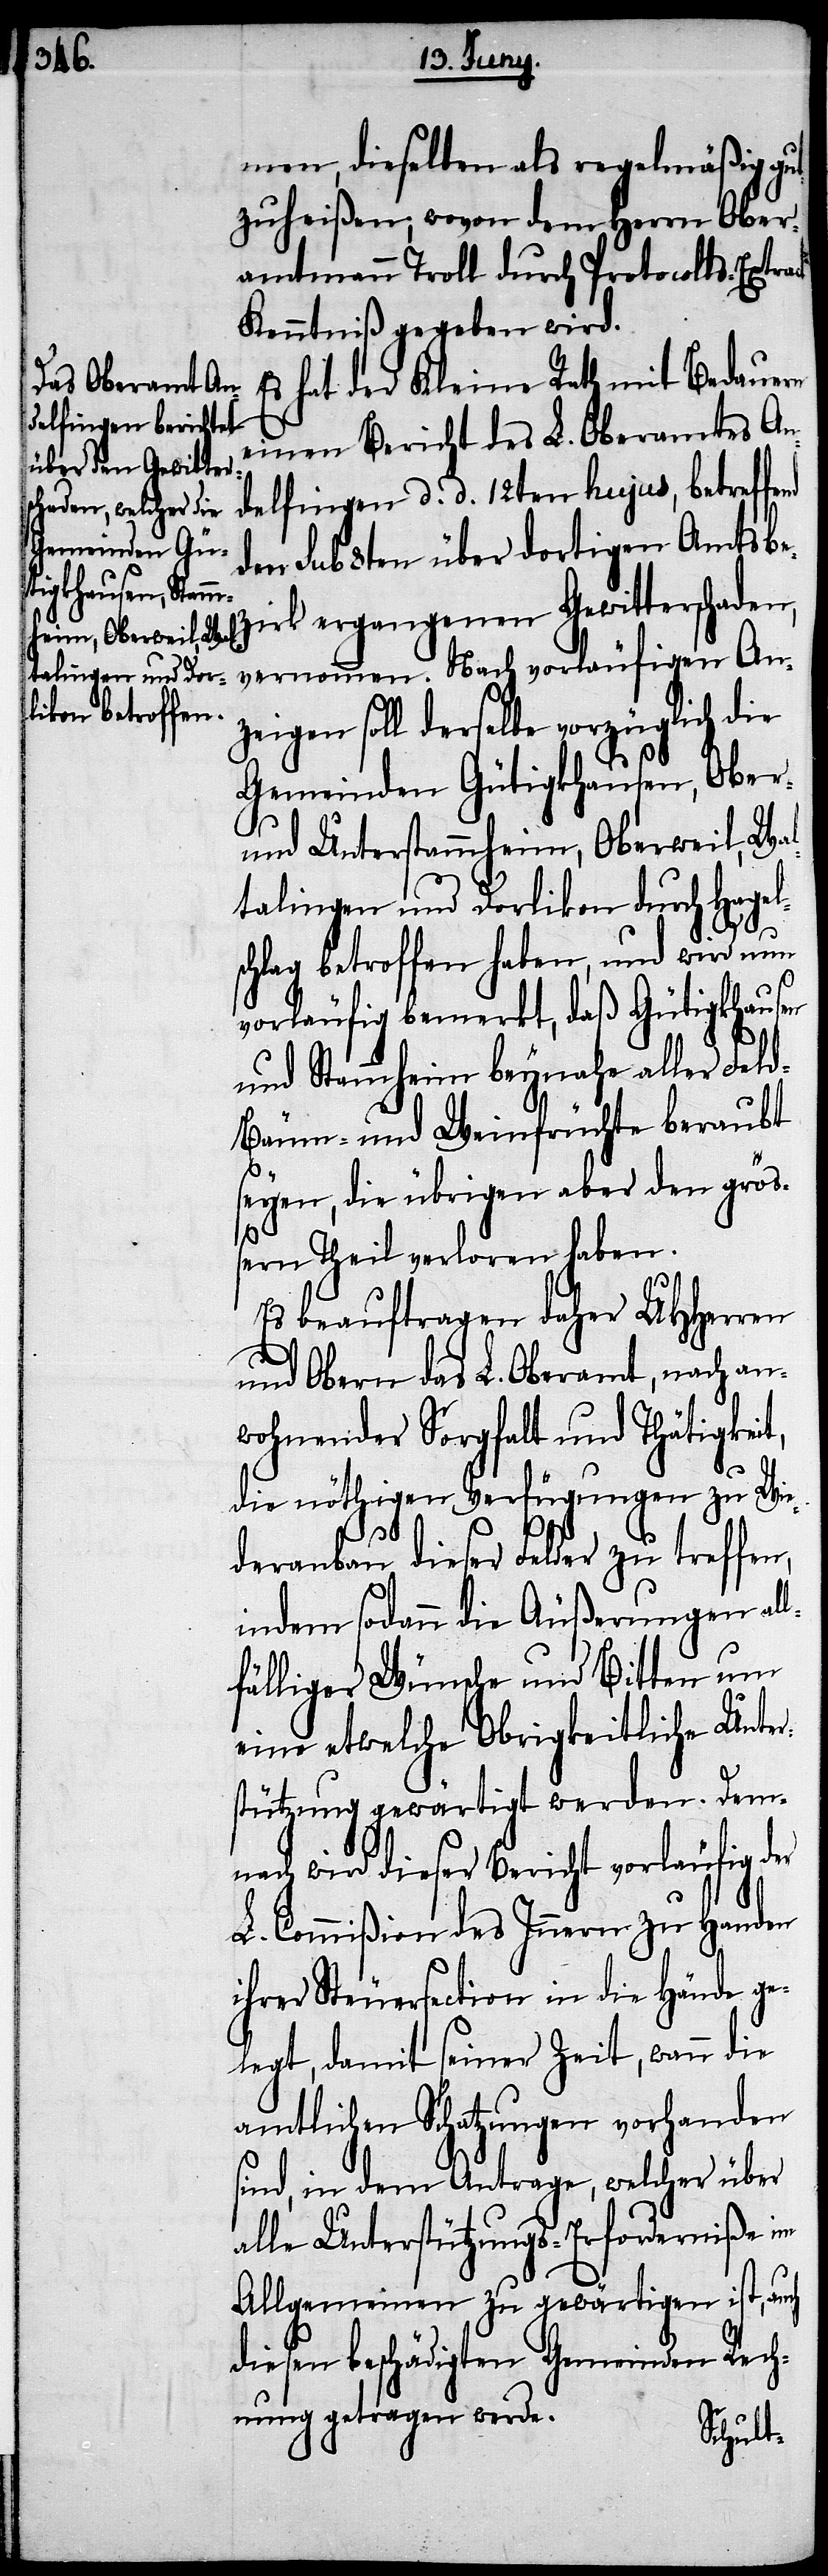
men, dieselben als regelmäßig gu¬
tzuheißen; wovon dem Herrn Ober¬
amtmann Troll durch Protocolls-Extract
Kenntniß gegeben wird.
Es hat der Kleine Rath mit Bedauern
einen Bericht des L. Oberamtes An¬
delfingen d. d. 12ten hujus, betreffe¬
den sub 8ten über dortigen Amtsbe¬
zirk ergangenen Gewitterschaden,
vernommen. Nach vorläufigen An¬
zeigen soll derselbe vorzüglich die
Gemeinden Gütigkhausen, Ober-
ch
und Unterstammheim, Oberweil, Wal¬
talingen und Dorlikon durch Hagel¬
schlag betroffen haben, und wird nun
vorläufig bemerkt, daß Gütigkhausen
und Stammheim beynahe aller Feld-
Baum- und Weinfrüchte beraubt
seyen, die übrigen aber den größ¬
ern Theil verloren haben.
Es beauftragen daher UHHerren
und Obern das L. Oberamt, nach an¬
wohnender Sorgfalt und Thätigkeit,
die nöthigen Verfügungen zu Wie¬
nd
deranbau dieser Felder zu treffen,
indem sodann die Äußerungen al¬
lfälliger Wünsche und Bitten um
eine etwelche Obrigkeitliche Unter¬
stützung gewärtigt werden. Dem¬
nach wird dieser Bericht vorläufig der
L. Commißion des Innern zu Handen
ihrer Steuersection in die Hände ge¬
legt, damit seiner Zeit, wann die
amtlichen Schatzungen vorhanden
sind, in dem Antrage, welcher über
alle Unterstützungs-Erforderniße im
Allgemeinen zu gewärtigen ist, au¬
diesen beschädigten Gemeinden Rech¬
nung getragen werde.